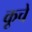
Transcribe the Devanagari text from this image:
कूचें